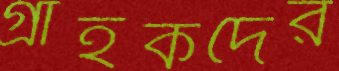
গ্রাহকদের